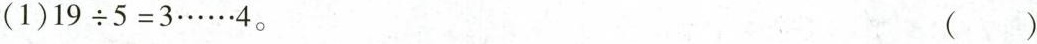
(1)$$1 9 ÷ 5 = 3 …… 4$$。 ()